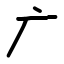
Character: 广